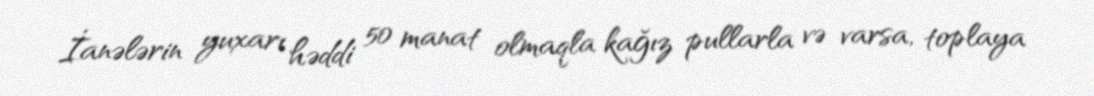
İanələrin yuxarı həddi 50 manat olmaqla kağız pullarla və varsa, toplaya